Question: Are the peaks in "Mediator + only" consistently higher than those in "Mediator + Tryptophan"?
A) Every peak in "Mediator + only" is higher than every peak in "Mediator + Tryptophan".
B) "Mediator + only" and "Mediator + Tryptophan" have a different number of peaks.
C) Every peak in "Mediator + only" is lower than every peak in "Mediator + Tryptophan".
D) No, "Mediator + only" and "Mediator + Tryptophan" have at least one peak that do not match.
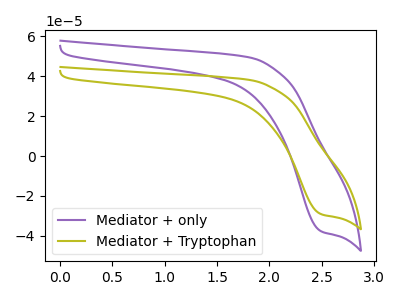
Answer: <think>The purple curve "Mediator + only" has a cathodic peak at: (2.50V, -37.65uA). The olive curve "Mediator + Tryptophan" has a cathodic peak at: (2.50V, -29.10uA).</think>
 <answer>A) Every peak in "Mediator + only" is higher than every peak in "Mediator + Tryptophan".</answer>
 <eval>A</eval>